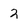
Character: 2